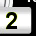
Digit: 2